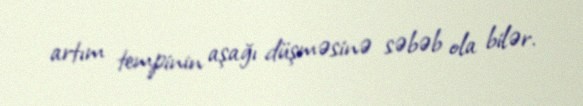
artım tempinin aşağı düşməsinə səbəb ola bilər.